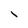
Character: i